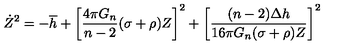
\dot { Z } ^ { 2 } = - \overline { { h } } + \left[ \frac { 4 \pi G _ { n } } { n - 2 } ( \sigma + \rho ) Z \right] ^ { 2 } + \left[ \frac { ( n - 2 ) \Delta h } { 1 6 \pi G _ { n } ( \sigma + \rho ) Z } \right] ^ { 2 }